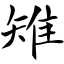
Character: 雉